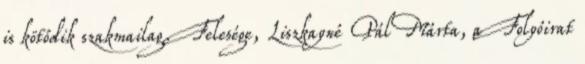
is kötődik szakmailag. Felesége, Liszkayné Pál Márta, a Folyóirat